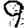
Digit: 9